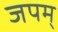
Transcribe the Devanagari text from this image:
जपम्